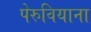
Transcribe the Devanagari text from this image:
पेरुवियाना